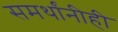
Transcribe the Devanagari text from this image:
समर्थांनीही